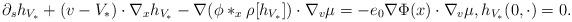
LaTeX: \begin{align*} \partial_s h_{V_\ast} + (v-V_\ast) \cdot \nabla_x h_{V_\ast} - \nabla (\phi*_x \rho[h_{V_\ast}]) \cdot \nabla_v \mu &= - e_0\nabla \Phi(x) \cdot \nabla_v \mu, h_{V_\ast}(0,\cdot) = 0. \end{align*}